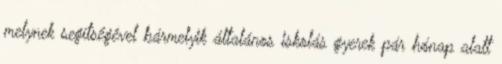
melynek segítségével bármelyik általános iskolás gyerek pár hónap alatt